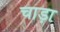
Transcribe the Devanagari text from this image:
चाड़ा